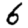
Digit: 6